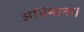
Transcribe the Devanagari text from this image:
अभिमाना।